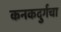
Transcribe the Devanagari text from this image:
कनकदुर्गचा